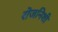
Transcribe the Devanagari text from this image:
रॊजनिशी